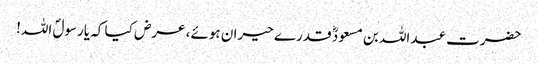
حضرت عبداللہ بن مسعودؓ قدرے حیران ہوئے، عرض کیا کہ یارسولؐ اللہ!